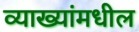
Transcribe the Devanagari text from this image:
व्याख्यांमधील